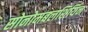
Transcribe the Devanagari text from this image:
सोनोमबलशिर्यिन